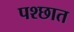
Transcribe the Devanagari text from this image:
पश्छात